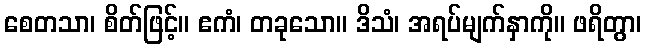
စေတသာ၊ စိတ်ဖြင့်။ ဧကံ၊ တခုသော။ ဒိသံ၊ အရပ်မျက်နှာကို။ ဖရိတွာ၊